Vaccination Hyderabad 1872-1889 - 1872-1889
Year: 1872
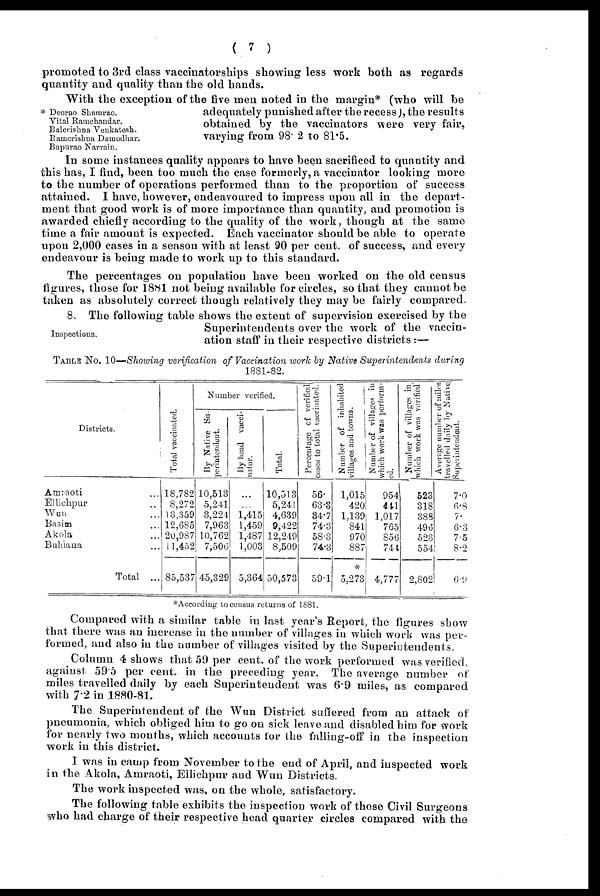
( 7 )
promoted to 3rd class vaccinatorships showing less work both as regards
quantity and quality than the old hands.
* Deorao Shamrao.
Vital Ramchandar.
Balcrishna Venkatesh.
Ramcrishna Damodhar.
Bapurao Narrain.
With the exception of the five men noted in the margin* (who will be
adequately punished after the recess), the results
obtained by the vaccinators were very fair,
varying from 98.2 to 81.5.
In some instances quality appears to have been sacrificed to quantity and
this has, I find, been too much the case formerly, a vaccinator looking more
to the number of operations performed than to the proportion of success
attained. I have, however, endeavoured to impress upon all in the depart-
ment that good work is of more importance than quantity, and promotion is
awarded chiefly according to the quality of the work, though at the same
time a fair amount is expected. Each vaccinator should be able to operate
upon 2,000 cases in a season with at least 90 per cent. of success, and every
endeavour is being made to work up to this standard.
The percentages on population have been worked on the old census
figures, those for 1881 not being available for circles, so that they cannot be
taken as absolutely correct though relatively they may be fairly compared.
Inspections.
8. The following table shows the extent of supervision exercised by the
Superintendents over the work of the vaccin-
ation staff in their respective districts:—
TABLE NO. 10—Showing verification of Vaccination work by Native Superintendents during
1881-82.
Districts.
Amraoti ...
Ellichpur ...
Wan ...
Basim ...
Akola ...
Buldana ...
Total ...
Total vaccinated.
18,782
8,272
13,359
12,685
20,987
11,452
85,537
Number verified.
By Native Su-
perintendent.
10,513
5,241
3,224
7,963
10,762
7,506
45,329
By head vacci-
nator.
...
...
1,415
1,459
1,487
1,003
5,364
Total.
10,513
5,241
4,639
9,422
12,249
8,509
50,573
Percentage of verified
cases to total vaccinated.
56.
63.3
34.7
74.3
58.3
74.3
59.1
Number of inhabited
villages and t
owns .
1,015
420
1,139
841
970
887
*
5,273
Number of villages in
which work was perform-
ed.
954
441
1,017
765
856
744
4,777
Number of villages in
which work was verified
523
318
388
496
523
554
2,802
Average number of miles
travelled daily by Native
Superintendent.
7.0
6.8
7.
6.3
7.5
8.2
6.9
*According to census returns of 1881.
Compared with a similar table in last year's Report, the figures show
that there was an increase in the number of villages in which work was per¬
formed, and also in the number of villages visited by the Superintendents.
Column 4 shows that 59 per cent. of the work performed was verified,
against 59.5 per cent. in the preceding year. The average number of
miles travelled daily by each Superintendent was 6.9 miles, as compared
with 7.2 in .1880-81.
The Superintendent of the Wun District suffered from an attack of
pneumonia, which obliged him to go on sick leave and disabled him for work
for nearly two months, which accounts for the falling-off in the inspection
work in this district.
I was in camp from November to the end of April, and inspected work
in the Akola, Amraoti, Ellichpur and Wun Districts.
The work inspected was, on the whole, satisfactory.
The following table exhibits the inspection work of those Civil Surgeons
who had charge of their respective head quarter circles compared with the